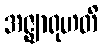
အဇ္ဈာရုဟတိ